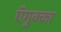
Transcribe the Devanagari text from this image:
ऍगुक्का